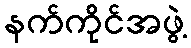
နက်ကိုင်အဖွဲ့